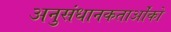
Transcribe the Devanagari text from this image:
अनुसंधानकतार्ओंको